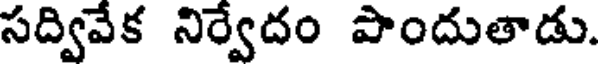
సద్వివేక నిర్వేదం పొందుతాడు.